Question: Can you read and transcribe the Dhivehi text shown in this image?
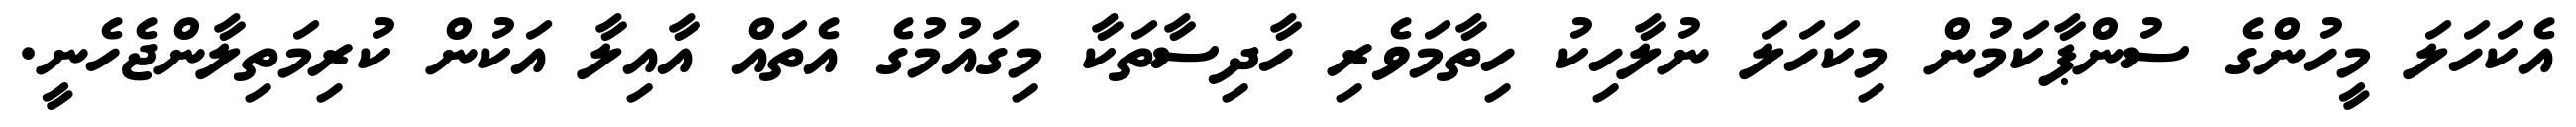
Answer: އެކަހަލަ މީހުންގެ ސުންޕާކަމުން މިކަހަލަ ނުލާހިކު ހިތާމަވެރި ހާދިސާތަކާ މިގައުމުގެ އެތައް އާއިލާ އަކުން ކުރިމަތިލާންޖެހެނީ.